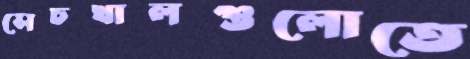
সেচখালগুলোতে